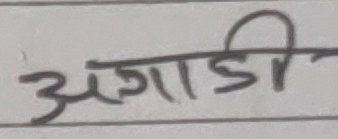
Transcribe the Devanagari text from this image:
अगाडी